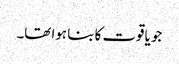
جو یاقوت کا بنا ہوا تھا۔